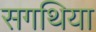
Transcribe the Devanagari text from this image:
सगथिया